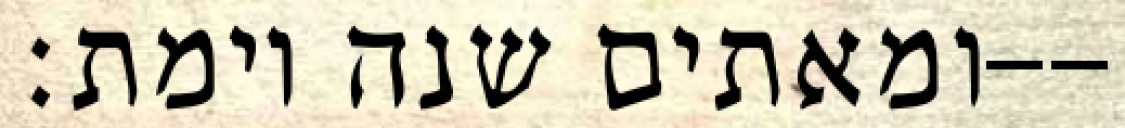
ומאתים שנה וימת׃--